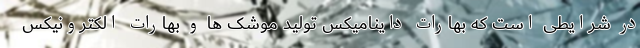
در شرایطی است که بهارات داینامیکس تولید موشک ها و بهارات الکترونیکس